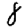
Digit: 8